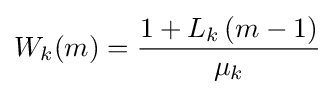
W_{k}(m)={\frac {1+L_{k}\left(m-1\right)}{\mu _{k}}}